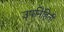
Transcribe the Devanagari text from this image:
उपनिहिती